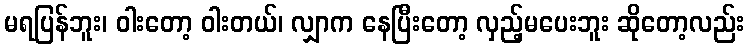
မရပြန်ဘူး၊ ဝါးတော့ ဝါးတယ်၊ လျှာက နေပြီးတော့ လှည့်မပေးဘူး ဆိုတော့လည်း